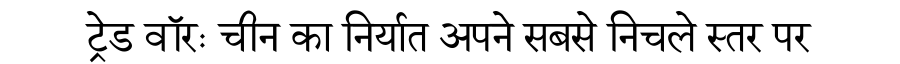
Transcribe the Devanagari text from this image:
ट्रेड वॉरः चीन का निर्यात अपने सबसे निचले स्तर पर